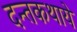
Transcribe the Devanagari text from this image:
दन्तकथाये